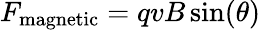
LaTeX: F_{\mathrm{magnetic}}=qvB\sin(\theta)